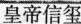
皇帝信玺